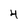
Character: 4